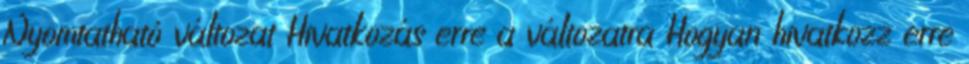
Nyomtatható változat Hivatkozás erre a változatra Hogyan hivatkozz erre